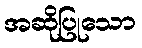
အဆိုပြုသော